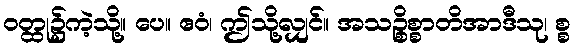
ဝတ္ထု၌ကဲ့သို့။ ပေ။ ဧဝံ၊ ဤသို့လျှင်။ အသဉ္စိစ္စာတိအာဒီသု၊ စ္စ